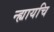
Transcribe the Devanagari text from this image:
न्ह्यायचि